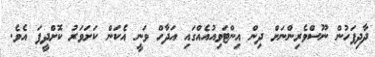
ދާދިފަހުން ނޫސްވެރިންނަށް ދިން އިންޓަވިއުއެއްގައި އަދާހް ވަނީ އެކަން ކަށަވަރު ކޮށްދީފަ އެވެ.